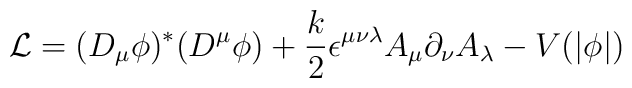
{\cal L} = (D_{\mu}\phi)^{*} (D^{\mu}\phi) + \frac{k}{2}\epsilon^{\mu\nu\lambda} A_{\mu}\partial_{\nu}A_{\lambda} -V(\vert\phi\vert)